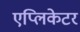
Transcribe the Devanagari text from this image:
एप्लिकेटर